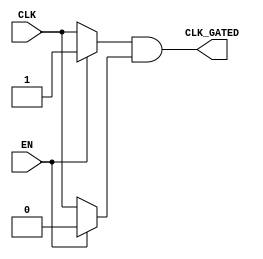
module clock_gating (
    input wire CLK,      // Primary clock signal
    input wire EN,       // Enable signal
    output wire CLK_GATED // Gated clock output
);

// Internal signals
wire EN_B; // Inverted enable signal

// Invert the enable signal
assign EN_B = ~EN;

// Transmission gate implementation
// PMOS transistor: connected to VDD (assumed to be 1)
wire clk_pmos; // Output from PMOS
wire clk_nmos; // Output from NMOS

// PMOS: source connected to VDD, gate controlled by EN_B
assign clk_pmos = EN_B ? CLK : 1'b1; // When EN_B is high, pass CLK, else connect to VDD

// NMOS: source connected to GND, gate controlled by EN
assign clk_nmos = EN ? 1'b0 : CLK; // When EN is high, connect to GND, else pass CLK

// Gated clock output
assign CLK_GATED = clk_pmos & clk_nmos;

endmodule